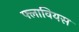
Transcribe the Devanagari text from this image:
फ्लावियस